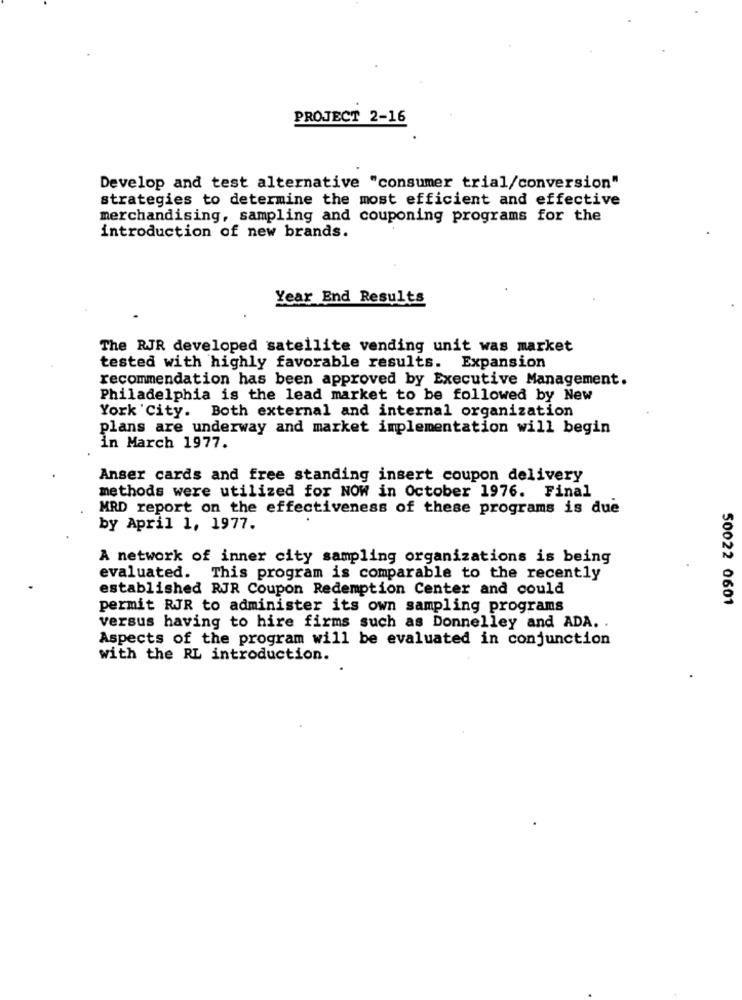
PROJECT 2-16
Develop and test alternative "consumer trial/conversion"
strategies to determine the most efficient and effective
merchandising, sampling and couponing programs for the
introduction of new brands.
Year End Results
The RJR developed satellite vending unit was market
tested with highly favorable results. Expansion
recommendation has been approved by Executive Management.
Philadelphia is the lead market to be followed by New
York City. Both external and internal organization
plans are underway and market implementation will begin
in March 1977.
Anser cards and free standing insert coupon delivery
methods were utilized for NOW in October 1976. Final
MRD report on the effectiveness of these programs is due
by April 1, 1977.
A network of inner city sampling organizations is being
evaluated. This program is comparable to the recently
established RJR Coupon Redemption Center and could
permit RJR to administer its own sampling programs
50022 0601
versus having to hire firms such as Donnelley and ADA. .
Aspects of the program will be evaluated in conjunction
with the RL introduction.